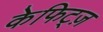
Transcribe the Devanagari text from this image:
केफिट्ज़